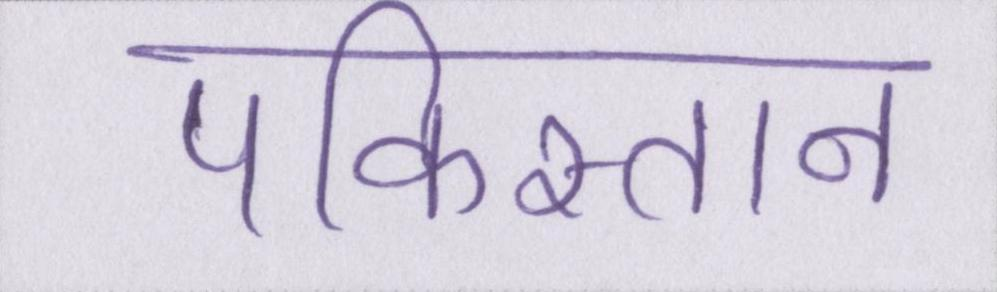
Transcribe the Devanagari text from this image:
पकिस्तान